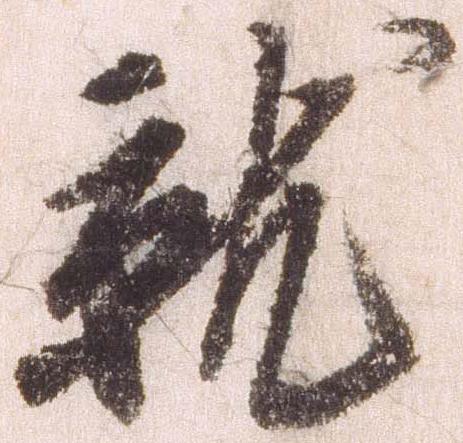
就